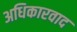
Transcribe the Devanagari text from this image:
अधिकारवाद